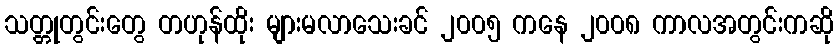
သတ္တုတွင်းတွေ တဟုန်ထိုး များမလာသေးခင် ၂၀၀၅ ကနေ ၂၀၀၈ ကာလအတွင်းကဆို